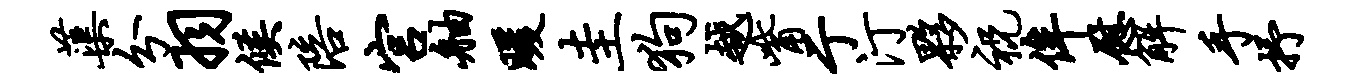
蕖分羽候陪宫舳暖圭狗越觜亍汀夥祝侔慰解手抒